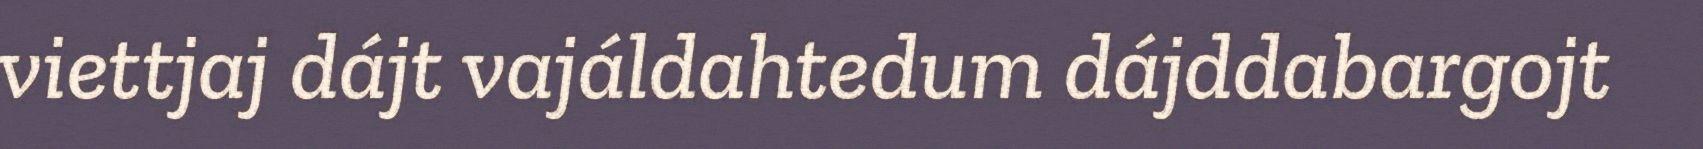
viettjaj dájt vajáldahtedum dájddabargojt